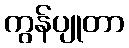
ကွန်ပျုတာ